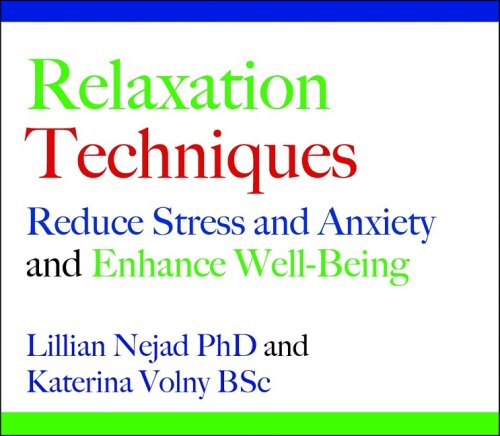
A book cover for Relaxation Techniques: Reduce Stress and Anxiety and Enhance Well-being; Lillian Nejad; Self-Help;